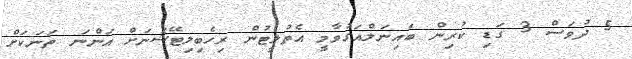
5 ދުވަސް 3 ގަޑި ކުރިން ބައިނަލްއަގުވާމީ އެތުލީޓުން ރިހެބިލިޓޭޝަނަށް އަންނަ ތަނަކަށް